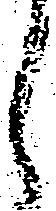
く